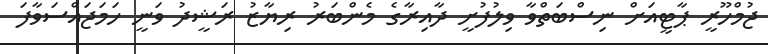
ޖުމްހޫރީ ޕާޓީއަށް ނިސްބަތްވާ ވިލުފުށީ ދާއިރާގެ މެންބަރު ރިޔާޒު ރަޝީދު ވަނީ ހަމަޖައްސަވާފަ